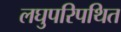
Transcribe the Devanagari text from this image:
लघुपरिपथित